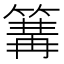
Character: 篝